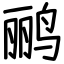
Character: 鹂